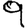
Digit: 9